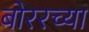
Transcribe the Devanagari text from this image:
बोररच्या